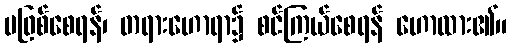
မဖြစ်စေရန်၊ တရားဟောရာ၌ စင်ကြယ်စေရန် ဟောထား၏။